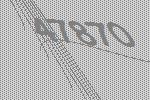
47870